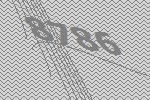
8786